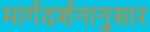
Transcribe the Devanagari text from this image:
मार्गदर्शनानुसार